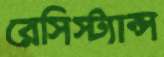
রেসিস্ট্যান্স